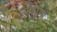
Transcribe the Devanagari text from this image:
कैरांगी